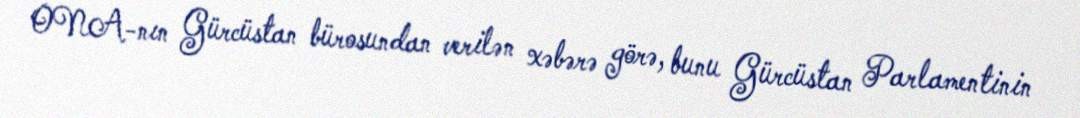
ONA-nın Gürcüstan bürosundan verilən xəbərə görə, bunu Gürcüstan Parlamentinin